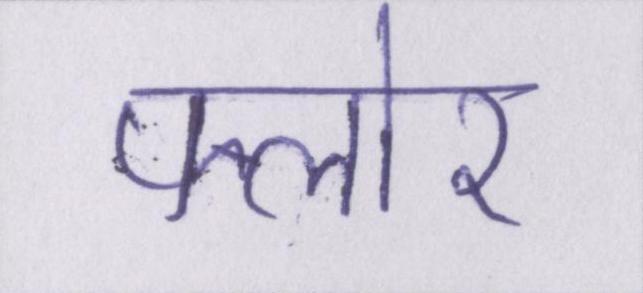
फ्लोर